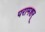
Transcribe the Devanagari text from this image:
परामशर्